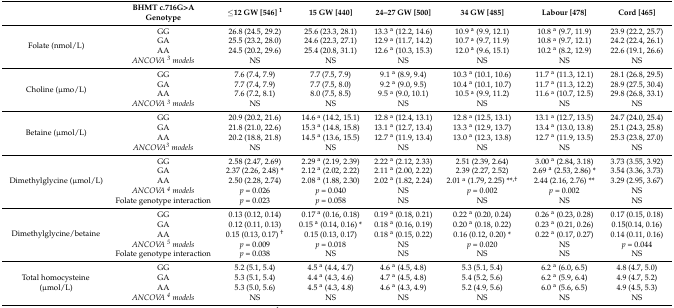
<table><thead><tr><td></td><td><b>BHMT c.716G&gt;A Genotype</b></td><td><b>≤12 GW [546] <sup>1</sup></b></td><td><b>15 GW [440]</b></td><td><b>24–27 GW [500]</b></td><td><b>34 GW [485]</b></td><td><b>Labour [478]</b></td><td><b>Cord [465]</b></td></tr></thead><tbody><tr><td rowspan="4">Folate (nmol/L)</td><td>GG</td><td>26.8 (24.5, 29.2)</td><td>25.6 (23.3, 28.1)</td><td>13.3 <sup>a</sup> (12.2, 14.6)</td><td>10.9 <sup>a</sup> (9.9, 12.1)</td><td>10.8 <sup>a</sup> (9.7, 11.9)</td><td>23.9 (22.2, 25.7)</td></tr><tr><td>GA</td><td>25.5 (23.2, 28.0)</td><td>24.6 (22.3, 27.1)</td><td>12.9 <sup>a</sup> (11.7, 14.2)</td><td>10.7 <sup>a</sup> (9.7, 11.9)</td><td>10.8 <sup>a</sup> (9.7, 12.1)</td><td>24.2 (22.4, 26.1)</td></tr><tr><td>AA</td><td>24.5 (20.2, 29.6)</td><td>25.4 (20.8, 31.1)</td><td>12.6 <sup>a</sup> (10.3, 15.3)</td><td>12.0 <sup>a</sup> (9.6, 15.1)</td><td>10.2 <sup>a</sup> (8.2, 12.9)</td><td>22.6 (19.1, 26.6)</td></tr><tr><td><i>ANCOVA <sup>3</sup> models</i></td><td>NS</td><td>NS</td><td>NS</td><td>NS</td><td>NS</td><td>NS</td></tr><tr><td rowspan="4">Choline (μmo/L)</td><td>GG</td><td>7.6 (7.4, 7.9)</td><td>7.7 (7.5, 7.9)</td><td>9.1 <sup>a</sup> (8.9, 9.4)</td><td>10.3 <sup>a</sup> (10.1, 10.6)</td><td>11.7 <sup>a</sup> (11.3, 12.1)</td><td>28.1 (26.8, 29.5)</td></tr><tr><td>GA</td><td>7.7 (7.4, 7.9)</td><td>7.7 (7.5, 8.0)</td><td>9.2 <sup>a</sup> (9.0, 9.5)</td><td>10.4 <sup>a</sup> (10.1, 10.7)</td><td>11.7 <sup>a</sup> (11.3, 12.2)</td><td>28.9 (27.5, 30.4)</td></tr><tr><td>AA</td><td>7.6 (7.2, 8.1)</td><td>8.0 (7.5, 8.5)</td><td>9.5 <sup>a</sup> (9.0, 10.1)</td><td>10.5 <sup>a</sup> (9.9, 11.2)</td><td>11.6 <sup>a</sup> (10.7, 12.5)</td><td>29.8 (26.8, 33.1)</td></tr><tr><td><i>ANCOVA <sup>3</sup> models</i></td><td>NS</td><td>NS</td><td>NS</td><td>NS</td><td>NS</td><td>NS</td></tr><tr><td rowspan="4">Betaine (μmol/L)</td><td>GG</td><td>20.9 (20.2, 21.6)</td><td>14.6 <sup>a</sup> (14.2, 15.1)</td><td>12.8 <sup>a</sup> (12.4, 13.1)</td><td>12.8 <sup>a</sup> (12.5, 13.1)</td><td>13.1 <sup>a</sup> (12.7, 13.5)</td><td>24.7 (24.0, 25.4)</td></tr><tr><td>GA</td><td>21.8 (21.0, 22.6)</td><td>15.3 <sup>a</sup> (14.8, 15.8)</td><td>13.1 <sup>a</sup> (12.7, 13.4)</td><td>13.3 <sup>a</sup> (12.9, 13.7)</td><td>13.4 <sup>a</sup> (13.0, 13.8)</td><td>25.1 (24.3, 25.8)</td></tr><tr><td>AA</td><td>20.2 (18.8, 21.8)</td><td>14.5 <sup>a</sup> (13.6, 15.5)</td><td>12.7 <sup>a</sup> (11.9, 13.4)</td><td>13.0 <sup>a</sup> (12.3, 13.8)</td><td>12.7 <sup>a</sup> (11.9, 13.5)</td><td>25.3 (23.8, 27.0)</td></tr><tr><td><i>ANCOVA<sup>3</sup> models</i></td><td>NS</td><td>NS</td><td>NS</td><td>NS</td><td>NS</td><td>NS</td></tr><tr><td rowspan="5">Dimethylglycine (μmol/L)</td><td>GG</td><td>2.58 (2.47, 2.69)</td><td>2.29 <sup>a</sup> (2.19, 2.39)</td><td>2.22 <sup>a</sup> (2.12, 2.33)</td><td>2.51 (2.39, 2.64)</td><td>3.00 <sup>a</sup> (2.84, 3.18)</td><td>3.73 (3.55, 3.92)</td></tr><tr><td>GA</td><td>2.37 (2.26, 2.48) *</td><td>2.12 <sup>a</sup> (2.02, 2.22)</td><td>2.11 <sup>a</sup> (2.00, 2.22)</td><td>2.39 (2.27, 2.52)</td><td>2.69 <sup>a</sup> (2.53, 2.86) *</td><td>3.54 (3.36, 3.73)</td></tr><tr><td>AA</td><td>2.50 (2.28, 2.74)</td><td>2.08 <sup>a</sup> (1.88, 2.30)</td><td>2.02 <sup>a</sup> (1.82, 2.24)</td><td>2.01 <sup>a</sup> (1.79, 2.25) **<sup>,†</sup></td><td>2.44 (2.16, 2.76) **</td><td>3.29 (2.95, 3.67)</td></tr><tr><td><i>ANCOVA <sup>4</sup> models</i></td><td><i>p</i> = 0.026</td><td><i>p</i> = 0.040</td><td>NS</td><td><i>p</i> = 0.002</td><td><i>p</i> = 0.002</td><td>NS</td></tr><tr><td>Folate genotype interaction</td><td><i>p</i> = 0.023</td><td><i>p</i> = 0.058</td><td>NS</td><td>NS</td><td>NS</td><td>NS</td></tr><tr><td rowspan="5">Dimethylglycine/betaine</td><td>GG</td><td>0.13 (0.12, 0.14)</td><td>0.17 <sup>a</sup> (0.16, 0.18)</td><td>0.19 <sup>a</sup> (0.18, 0.21)</td><td>0.22 <sup>a</sup> (0.20, 0.24)</td><td>0.26 <sup>a</sup> (0.23, 0.28)</td><td>0.17 (0.15, 0.18)</td></tr><tr><td>GA</td><td>0.12 (0.11, 0.13)</td><td>0.15 <sup>a</sup> (0.14, 0.16) *</td><td>0.18 <sup>a</sup> (0.16, 0.19)</td><td>0.20 <sup>a</sup> (0.18, 0.22)</td><td>0.23 <sup>a</sup> (0.21, 0.26)</td><td>0.15(0.14, 0.16)</td></tr><tr><td>AA</td><td>0.15 (0.13, 0.17) <sup>†</sup></td><td>0.15 (0.13, 0.17)</td><td>0.18 <sup>a</sup> (0.15, 0.22)</td><td>0.16 (0.12, 0.20) *</td><td>0.22 <sup>a</sup> (0.17, 0.27)</td><td>0.14 (0.11, 0.16)</td></tr><tr><td><i>ANCOVA <sup>5</sup> models</i></td><td><i>p</i> = 0.009</td><td><i>p</i> = 0.018</td><td>NS</td><td><i>p</i> = 0.020</td><td>NS</td><td><i>p</i> = 0.044</td></tr><tr><td>Folate genotype interaction</td><td><i>p</i> = 0.038</td><td>NS</td><td>NS</td><td>NS</td><td>NS</td><td>NS</td></tr><tr><td rowspan="4">Total homocysteine (μmol/L)</td><td>GG</td><td>5.2 (5.1, 5.4)</td><td>4.5 <sup>a</sup> (4.4, 4.7)</td><td>4.6 <sup>a</sup> (4.5, 4.8)</td><td>5.3 (5.1, 5.4)</td><td>6.2 <sup>a</sup> (6.0, 6.5)</td><td>4.8 (4.7, 5.0)</td></tr><tr><td>GA</td><td>5.3 (5.1, 5.4)</td><td>4.4 <sup>a</sup> (4.3, 4.6)</td><td>4.7 <sup>a</sup> (4.5, 4.8)</td><td>5.4 (5.2, 5.6)</td><td>6.2 <sup>a</sup> (5.9, 6.4)</td><td>4.9 (4.7, 5.2)</td></tr><tr><td>AA</td><td>5.3 (5.0, 5.6)</td><td>4.5 <sup>a</sup> (4.3, 4.8)</td><td>4.6 <sup>a</sup> (4.3, 4.9)</td><td>5.2 (4.9, 5.6)</td><td>6.0 <sup>a</sup> (5.6, 6.5)</td><td>4.9 (4.5, 5.3)</td></tr><tr><td><i>ANCOVA <sup>4</sup> models</i></td><td>NS</td><td>NS</td><td>NS</td><td>NS</td><td>NS</td><td>NS</td></tr></tbody></table>